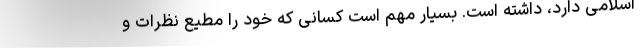
اسلامی دارد، داشته است. بسیار مهم است کسانی که خود را مطیع نظرات و